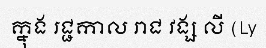
ក្នុង រជ្ជកាល រាជ វង្ស លី (Ly